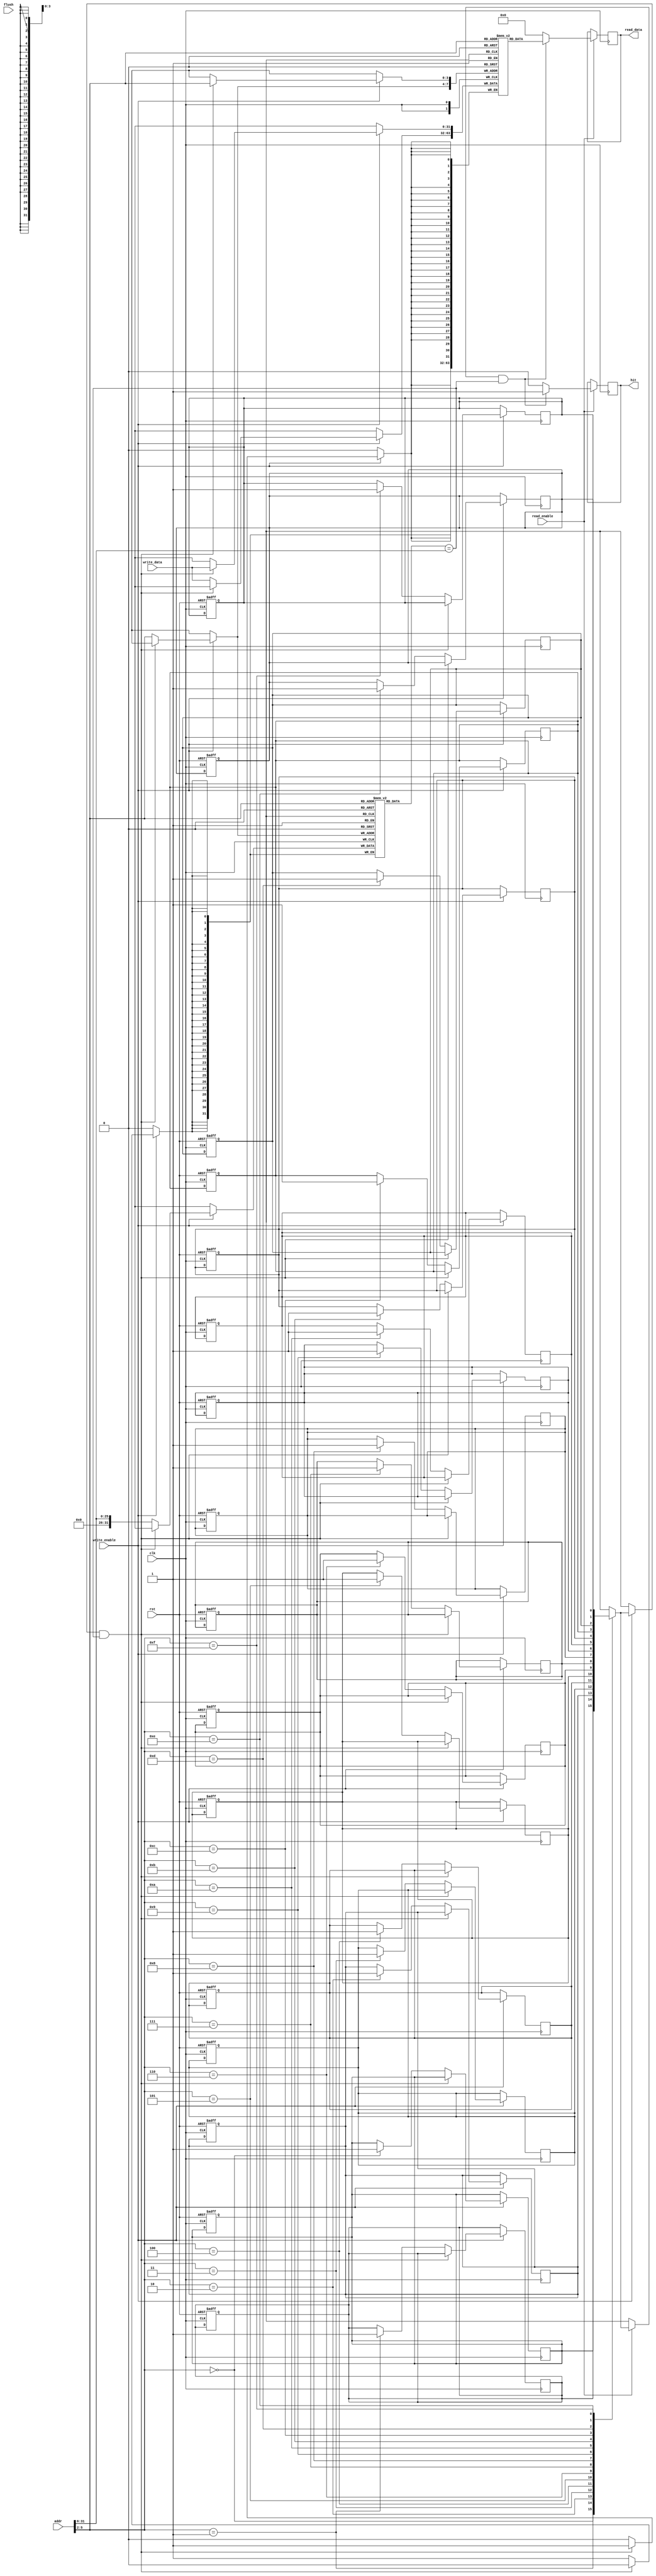
module write_back_cache #(
    parameter CACHE_SIZE = 256, // Total cache size in bytes
    parameter BLOCK_SIZE = 16,   // Block size in bytes
    parameter NUM_SETS = CACHE_SIZE / BLOCK_SIZE // Number of cache lines
)(
    input wire clk,
    input wire rst,
    input wire [31:0] addr,       // Address for read/write
    input wire [31:0] write_data, // Data to write
    input wire read_enable,        // Read enable signal
    input wire write_enable,       // Write enable signal
    input wire flush,              // Flush signal to write back all dirty lines
    output reg [31:0] read_data,   // Data read from cache
    output reg hit                 // Hit signal
);

    // Cache line structure
    reg [31:0] cache_data [0:NUM_SETS-1]; // Cache data storage
    reg [31:0] cache_tag [0:NUM_SETS-1];  // Cache tags
    reg cache_valid [0:NUM_SETS-1];        // Valid bits
    reg cache_dirty [0:NUM_SETS-1];        // Dirty bits

    // Calculate index and tag from address
    wire [31:0] index = addr[5:2]; // Assuming 4-byte words, 4 bits for index
    wire [31:0] tag = addr[31:6];   // Remaining bits for tag

    integer i;

    // Initialize cache on reset
    always @(posedge clk or posedge rst) begin
        if (rst) begin
            for (i = 0; i < NUM_SETS; i = i + 1) begin
                cache_valid[i] <= 0;
                cache_dirty[i] <= 0;
            end
        end
    end

    // Read operation
    always @(posedge clk) begin
        if (read_enable) begin
            if (cache_valid[index] && (cache_tag[index] == tag)) begin
                // Cache hit
                read_data <= cache_data[index];
                hit <= 1;
            end else begin
                // Cache miss
                read_data <= 32'b0; // Placeholder for data from main memory
                hit <= 0;
                // Logic to fetch data from main memory and update cache would go here
            end
        end
    end

    // Write operation
    always @(posedge clk) begin
        if (write_enable) begin
            if (cache_valid[index] && (cache_tag[index] == tag)) begin
                // Cache hit, update data and set dirty bit
                cache_data[index] <= write_data;
                cache_dirty[index] <= 1;
            end else begin
                // Cache miss
                if (cache_valid[index] && cache_dirty[index]) begin
                    // Write back dirty data to main memory before eviction
                    // Logic to write back would go here
                end
                // Load new data into cache
                cache_data[index] <= write_data; // Placeholder for data from main memory
                cache_tag[index] <= tag;
                cache_valid[index] <= 1;
                cache_dirty[index] <= 1; // Set dirty bit
            end
        end
    end

    // Flush operation
    always @(posedge clk) begin
        if (flush) begin
            for (i = 0; i < NUM_SETS; i = i + 1) begin
                if (cache_dirty[i]) begin
                    // Logic to write back dirty data to main memory would go here
                    cache_dirty[i] <= 0; // Clear dirty bit after write back
                end
            end
        end
    end

endmodule